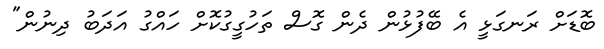
ބޮޑަށް ރަނގަޅީ އެ ބޭފުޅުން ދެން ގޮސް ތަހުގީގުކޮށް ހައްގު އަދަބު ދިނުން"